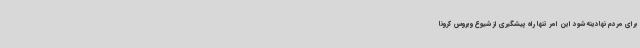
برای مردم نهادینه شود این امر تنها راه پیشگیری از شیوع ویروس کرونا